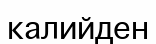
калийден